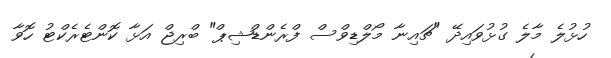
ހުޅުލެ މާލެ ގުޅުވައިދޭ "ޗައިނާ މޯލްޑިވްސް ފްރެންޑްޝިޕް" ބްރިޖް އަޅާ ކޮންޓެރެކްޓު ހޮވާ